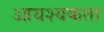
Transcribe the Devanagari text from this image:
आयश्यकता